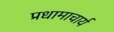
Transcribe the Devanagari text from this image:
प्रधामाचार्य